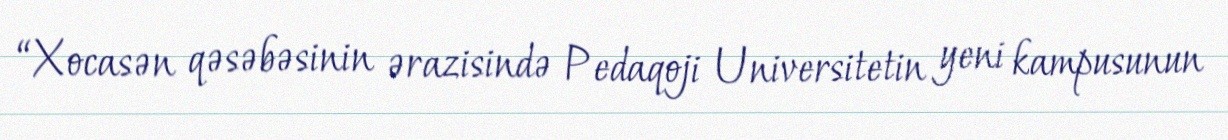
“Xocasən qəsəbəsinin ərazisində Pedaqoji Universitetin yeni kampusunun